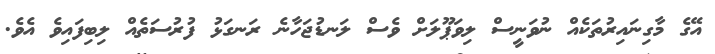
އޭގެ މާގިނައިރުތަކެއް ނުވަނީސް ލިވަޕޫލަށް ވެސް ލަނޑުޖަހާނެ ރަނގަޅު ފުރުސަތެއް ލިބިފައިވެ އެވެ.